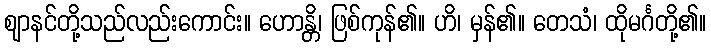
ဈာနင်တို့သည်လည်းကောင်း။ ဟောန္တိ၊ ဖြစ်ကုန်၏။ ဟိ၊ မှန်၏။ တေသံ၊ ထိုမင်္ဂတို့၏။